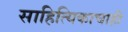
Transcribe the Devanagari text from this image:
साहित्यिकाचाही